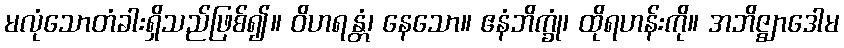
မလုံသောတံခါးရှိသည်ဖြစ်၍။ ဝိဟရန္တံ၊ နေသော။ ဧနံဘိက္ခုံ၊ ထိုရဟန်းကို။ အဘိဇ္ဈာဒေါမ